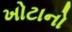
ખોટાનો